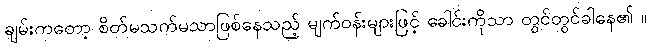
ချမ်းကတော့ စိတ်မသက်မသာဖြစ်နေသည့် မျက်ဝန်းများဖြင့် ခေါင်းကိုသာ တွင်တွင်ခါနေ၏ ။